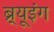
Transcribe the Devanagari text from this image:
ब्र्यूइंग